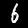
Label: 6